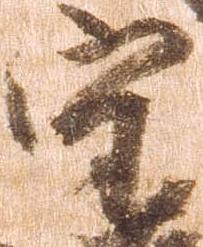
守